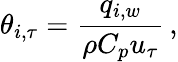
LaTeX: \theta_{i,\tau}=\frac{q_{i,w}}{\rho C_{p}u_{\tau}}\, ,